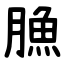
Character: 䐳